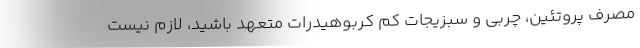
مصرف پروتئین، چربی و سبزیجات کم کربوهیدرات متعهد باشید، لازم نیست